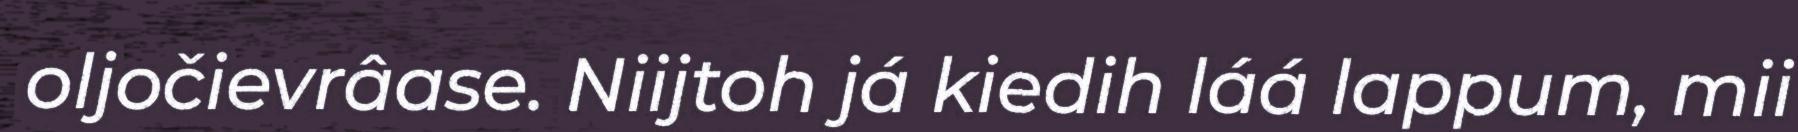
oljočievrâase. Niijtoh já kiedih láá lappum, mii